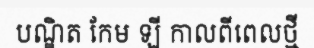
បណ្ឌិត កែម ឡី កាលពីពេលថ្មី